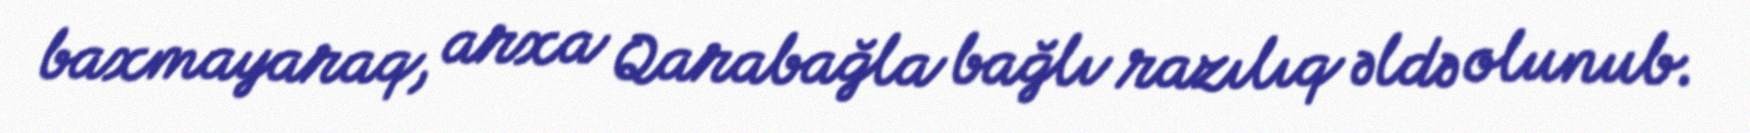
baxmayaraq, arxa Qarabağla bağlı razılıq əldə olunub.